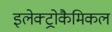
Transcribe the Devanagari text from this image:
इलेक्ट्रोकैमिकल